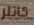
كاتلر